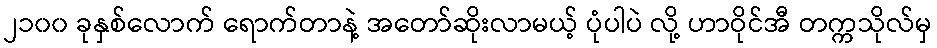
၂၁၀၀ ခုနှစ်လောက် ရောက်တာနဲ့ အတော်ဆိုးလာမယ့် ပုံပါပဲ လို့ ဟာဝိုင်အီ တက္ကသိုလ်မှ